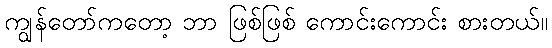
ကျွန်တော်ကတော့ ဘာ ဖြစ်ဖြစ် ကောင်းကောင်း စားတယ်။